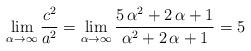
LaTeX: \begin{align*}\lim_{\alpha \to \infty} \frac{c^2}{a^2}=\lim_{\alpha \to \infty} \frac{5\,\alpha^2+2\,\alpha+1}{\alpha^2+2\,\alpha+1}=5\end{align*}